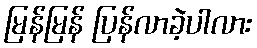
မြန်မြန် ပြန်လာခဲ့ပါလား